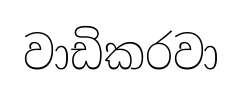
වාඩිකරවා